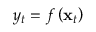
y _ { t } = f \left( \mathbf { x } _ { t } \right)